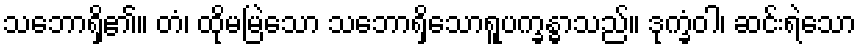
သဘောရှိ၏။ တံ၊ ထိုမမြဲသော သဘောရှိသောရူပက္ခန္ဓာသည်။ ဒုက္ခံဝါ၊ ဆင်းရဲသော